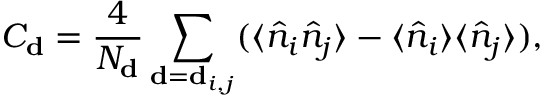
C _ { \mathbf { d } } = \frac { 4 } { N _ { \mathbf { d } } } \sum _ { \mathbf { d } = \mathbf { d } _ { i , j } } ( \langle \hat { n } _ { i } \hat { n } _ { j } \rangle - \langle \hat { n } _ { i } \rangle \langle \hat { n } _ { j } \rangle ) ,